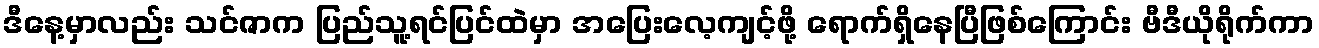
ဒီနေ့မှာလည်း သင်ဇာက ပြည်သူ့ရင်ပြင်ထဲမှာ အပြေးလေ့ကျင့်ဖို့ ရောက်ရှိနေပြီဖြစ်ကြောင်း ဗီဒီယိုရိုက်ကာ